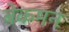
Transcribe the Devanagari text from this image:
बेकमन